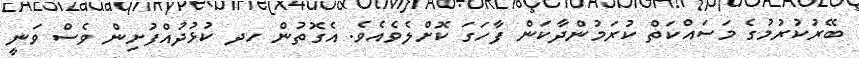
ބޭރުކުރުމުގެ މަސައްކަތް ކުރަމުންދާކަން ފާހަގަ ކޮށްލެވެއެވެ. އެގޮތުން ހދ ކުޅުދުއްފުށިން ވެސް ވަނީ